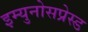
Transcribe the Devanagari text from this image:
इम्युनोसप्रेस्ड